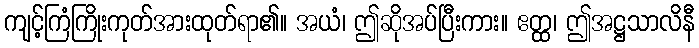
ကျင့်ကြံကြိုးကုတ်အားထုတ်ရာ၏။ အယံ၊ ဤဆိုအပ်ပြီးကား။ ဧတ္ထ၊ ဤအဋ္ဌသာလိနီ